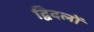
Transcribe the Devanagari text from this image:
द्विदलों